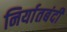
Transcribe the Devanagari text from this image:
निर्यातबंदी